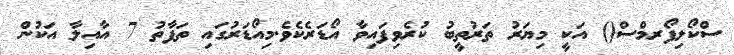
ސްކޯލިފޯރމްސް() އަކީ މިޔަރު ތަރުތީބު ކުރެވިފައިވާ އޯޑަރެކެވެ.މިއޯޑަރުގައި ތަފާތު 7 އާއިލާ އަކުން